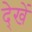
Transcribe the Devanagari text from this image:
दे्खें